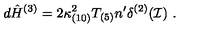
d { \hat { H } } ^ { ( 3 ) } = 2 \kappa _ { ( 1 0 ) } ^ { 2 } T _ { ( 5 ) } n ^ { \prime } \delta ^ { ( 2 ) } ( { \cal I } ) \ .